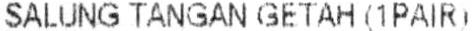
SALUNG TANGAN GETAH (1PAIR)